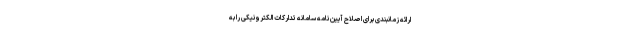
ارائه زمانبندی برای اصلاح آیین نامه سامانه تدارکات الکترونیکی را به